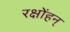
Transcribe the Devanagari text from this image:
रक्षोंहन्